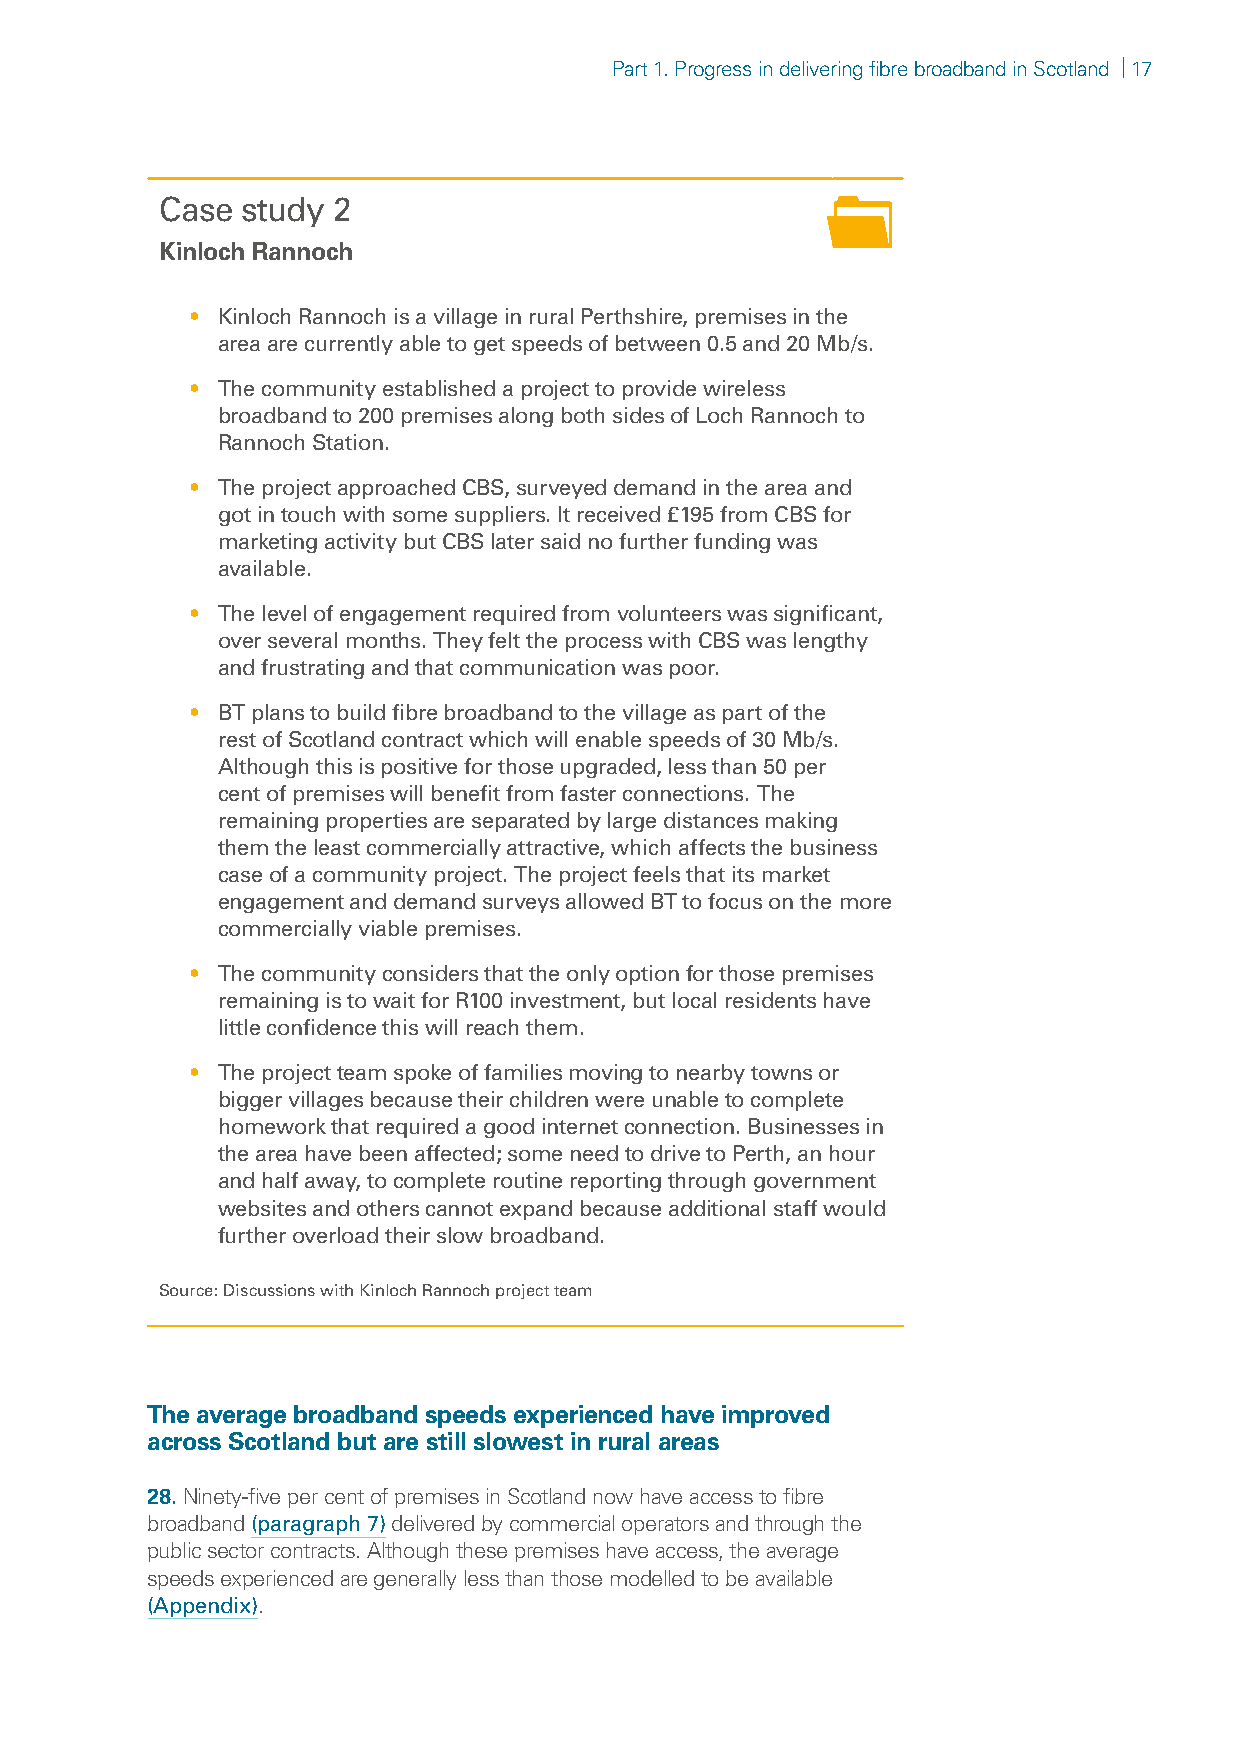
Part 1. Progress in delivering fibre broadband in Scotland | 17
 Case study 2
 Kinloch Rannoch
 • Kinloch Rannoch is a village in rural Perthshire, premises in the
 area are currently able to get speeds of between 0.5 and 20 Mb/s.
 • The community established a project to provide wireless
 broadband to 200 premises along both sides of Loch Rannoch to
 Rannoch Station.
 • The project approached CBS, surveyed demand in the area and
 got in touch with some suppliers. It received £195 from CBS for
 marketing activity but CBS later said no further funding was
 available.
 • The level of engagement required from volunteers was significant,
 over several months. They felt the process with CBS was lengthy
 and frustrating and that communication was poor.
 • BT plans to build fibre broadband to the village as part of the
 rest of Scotland contract which will enable speeds of 30 Mb/s.
 Although this is positive for those upgraded, less than 50 per
 cent of premises will benefit from faster connections. The
 remaining properties are separated by large distances making
 them the least commercially attractive, which affects the business
 case of a community project. The project feels that its market
 engagement and demand surveys allowed BT to focus on the more
 commercially viable premises.
 • The community considers that the only option for those premises
 remaining is to wait for R100 investment, but local residents have
 little confidence this will reach them.
 • The project team spoke of families moving to nearby towns or
 bigger villages because their children were unable to complete
 homework that required a good internet connection. Businesses in
 the area have been affected; some need to drive to Perth, an hour
 and half away, to complete routine reporting through government
 websites and others cannot expand because additional staff would
 further overload their slow broadband.
 Source: Discussions with Kinloch Rannoch project team
 The average broadband speeds experienced have improved
 across Scotland but are still slowest in rural areas
 28.Ninety-five per cent of premises in Scotland now have access to fibre
 broadband (paragraph 7) delivered by commercial operators and through the
 public sector contracts. Although these premises have access, the average
 speeds experienced are generally less than those modelled to be available
 (Appendix).